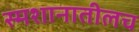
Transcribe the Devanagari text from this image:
स्मशानातीलच